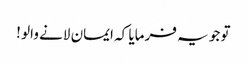
تو جو یہ فرمایا کہ ایمان لانے والو !